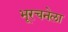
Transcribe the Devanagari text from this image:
भूरचनेला